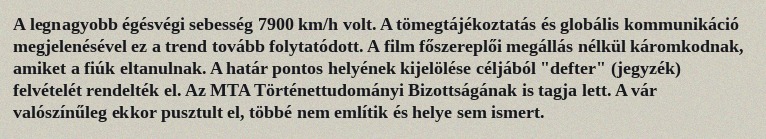
A legnagyobb égésvégi sebesség 7900 km/h volt. A tömegtájékoztatás és globális kommunikáció megjelenésével ez a trend tovább folytatódott. A film főszereplői megállás nélkül káromkodnak, amiket a fiúk eltanulnak. A határ pontos helyének kijelölése céljából "defter" (jegyzék) felvételét rendelték el. Az MTA Történettudományi Bizottságának is tagja lett. A vár valószínűleg ekkor pusztult el, többé nem említik és helye sem ismert.